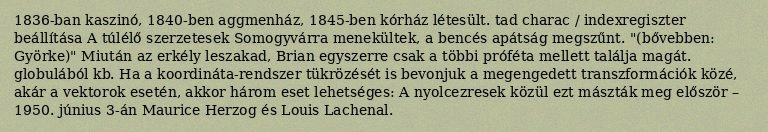
1836-ban kaszinó, 1840-ben aggmenház, 1845-ben kórház létesült. tad charac / indexregiszter beállítása A túlélő szerzetesek Somogyvárra menekültek, a bencés apátság megszűnt. "(bővebben: Györke)" Miután az erkély leszakad, Brian egyszerre csak a többi próféta mellett találja magát. globulából kb. Ha a koordináta-rendszer tükrözését is bevonjuk a megengedett transzformációk közé, akár a vektorok esetén, akkor három eset lehetséges: A nyolcezresek közül ezt mászták meg először – 1950. június 3-án Maurice Herzog és Louis Lachenal.